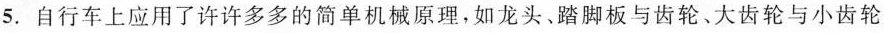
5.自行车上应用了许许多多的简单机械原理，如龙头﹑踏脚板与齿轮、大齿轮与小齿轮